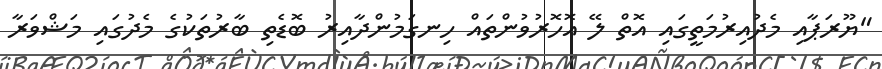
"ޔޫރަޕާއި މެދުއިރުމަތީގައި އޮތް ލޭ އޮހޮރުވުންތައް ހިނގަމުންދާއިރު ބޮޑެތި ބާރުތަކުގެ މެދުގައި މަޝްވަރާ